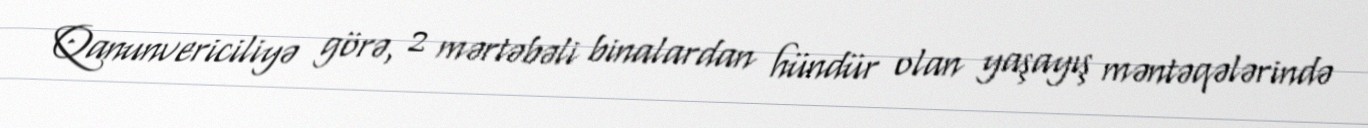
Qanunvericiliyə görə, 2 mərtəbəli binalardan hündür olan yaşayış məntəqələrində